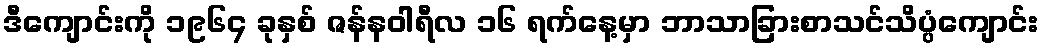
ဒီကျောင်းကို ၁၉၆၄ ခုနှစ် ဇန်နဝါရီလ ၁၆ ရက်နေ့မှာ ဘာသာခြားစာသင်သိပ္ပံကျောင်း